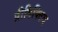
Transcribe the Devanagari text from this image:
प्रीडिक्टिव